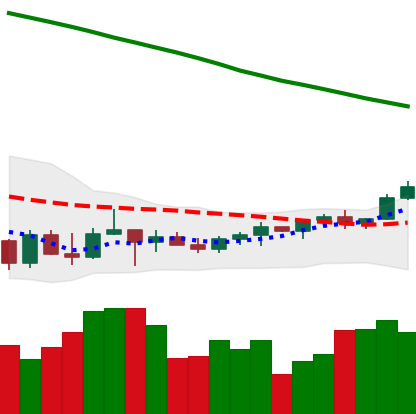
Ticker: TRX-USD
Chart end date: 2022-03-23
Forward return: 7.375%
Label: up_7plus